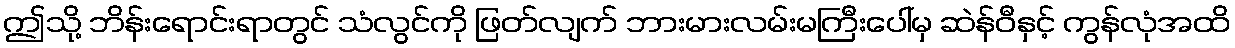
ဤသို့ ဘိန်းရောင်းရာတွင် သံလွင်ကို ဖြတ်လျက် ဘားမားလမ်းမကြီးပေါ်မှ ဆဲန်ဝီနှင့် ကွန်လုံအထိ